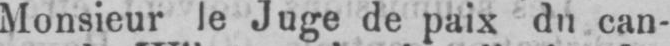
Monsieur le Juge de paix du can-